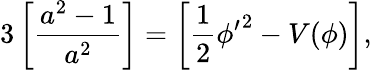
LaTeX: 3\left[\frac{a^{2}-1}{a^{2}}\right]=\left[\frac{1}{2}{\phi^{\prime}}^{2}-V(\phi)\right],